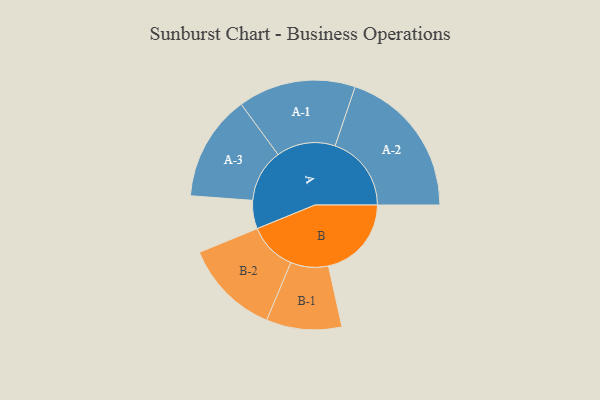
{"axis": {"x": "Segment", "y": "Value"}, "legend": ["", "A", "B"], "data": [{"x": "A", "y": 106, "type": ""}, {"x": "B", "y": 310, "type": ""}, {"x": "A-1", "y": 220, "type": "A"}, {"x": "A-2", "y": 285, "type": "A"}, {"x": "A-3", "y": 198, "type": "A"}, {"x": "B-1", "y": 141, "type": "B"}, {"x": "B-2", "y": 180, "type": "B"}]}